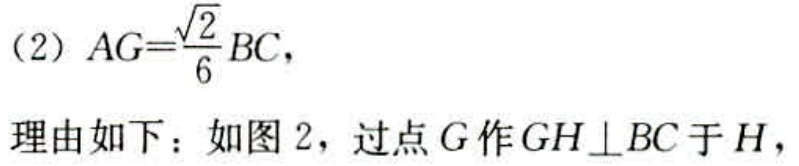
（2）$AG = \frac{\sqrt{2}}{6}BC$，
理由如下：如图2，过点$G$作$GH\perp BC$于$H$，